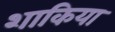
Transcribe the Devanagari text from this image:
शाकिया